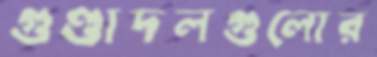
গুণ্ডাদলগুলোর